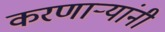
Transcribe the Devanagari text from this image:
करणार्‍यांनी